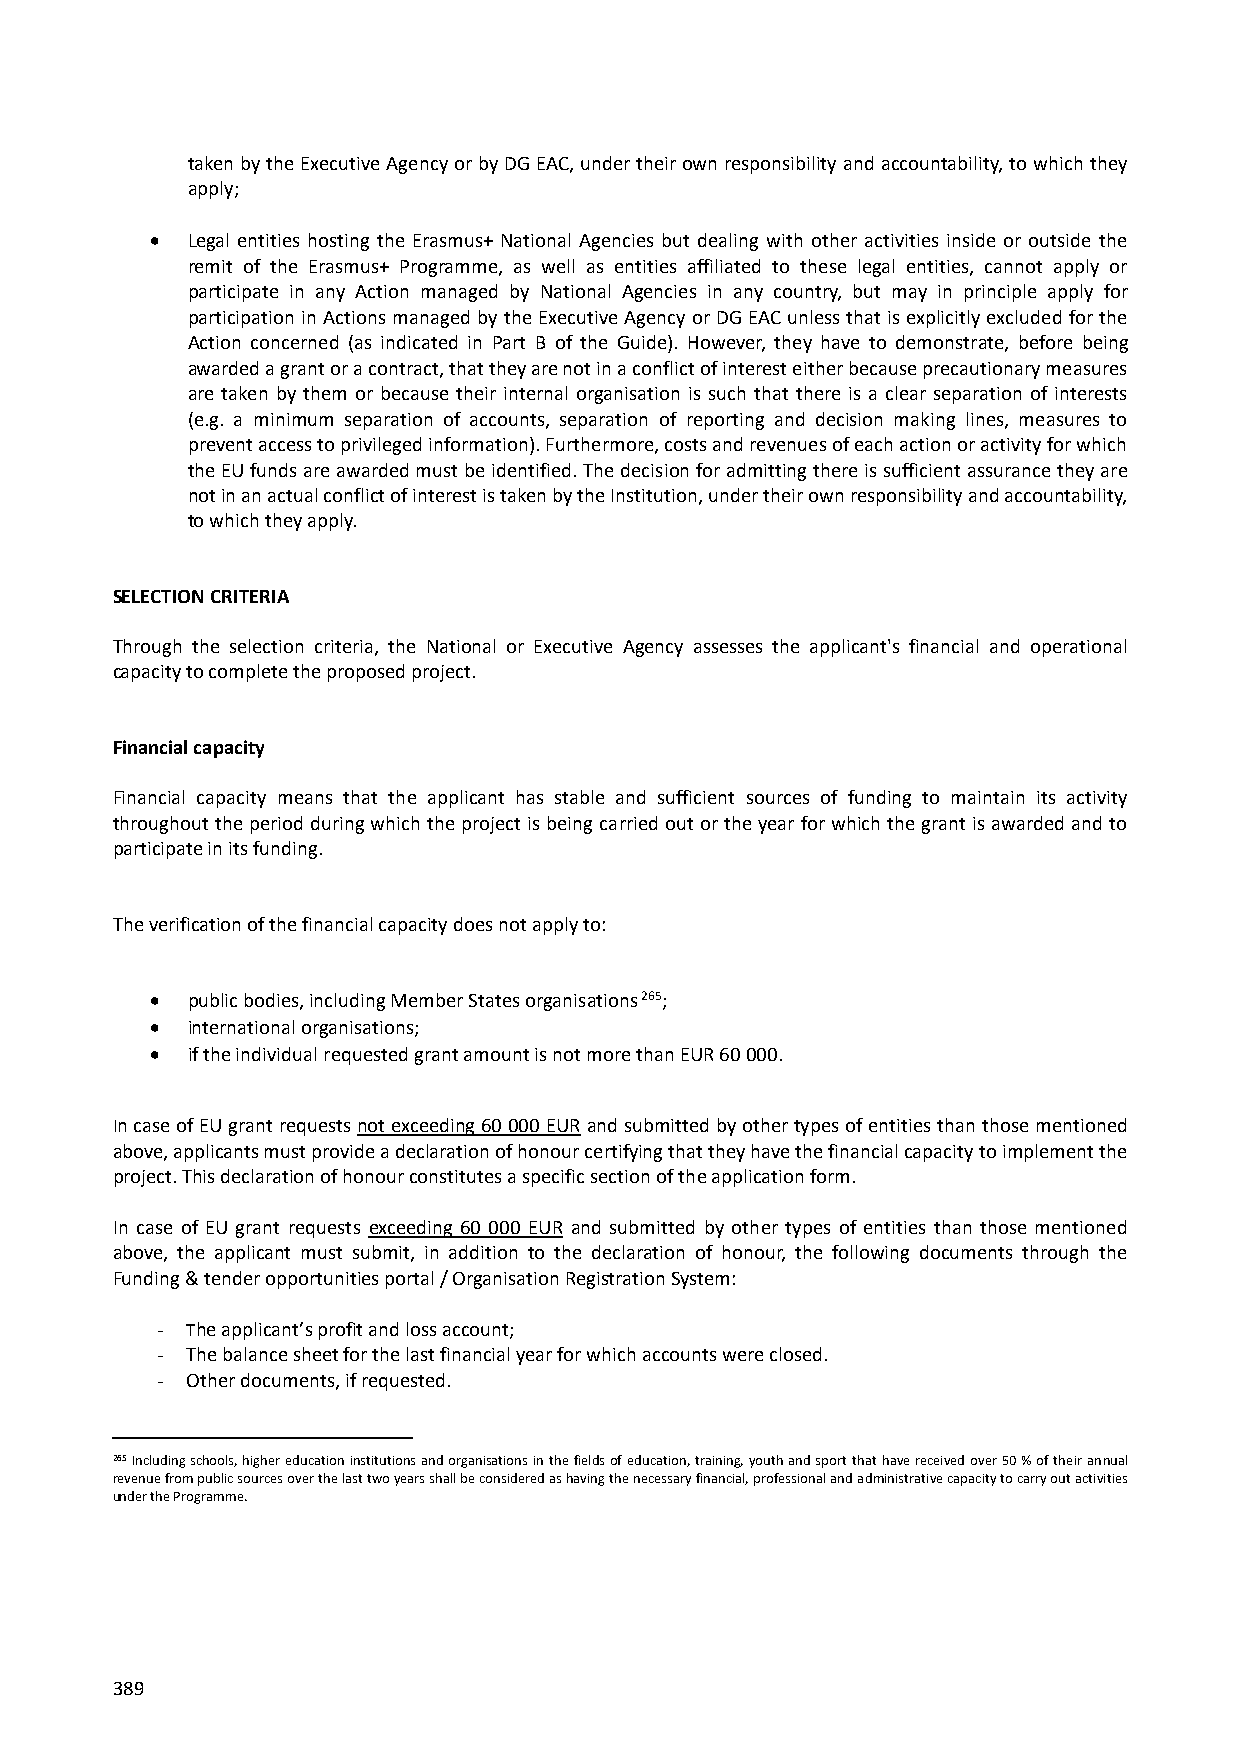
taken by the Executive Agency or by DG EAC, under their own responsibility and accountability, to which they
 apply;
  Legal entities hosting the Erasmus+ National Agencies but dealing with other activities inside or outside the
 remit of the Erasmus+ Programme, as well as entities affiliated to these legal entities, cannot apply or
 participate in any Action managed by National Agencies in any country, but may in principle apply for
 participation in Actions managed by the Executive Agency or DG EAC unless that is explicitly excluded for the
 Action concerned (as indicated in Part B of the Guide). However, they have to demonstrate, before being
 awarded a grant or a contract, that they are not in a conflict of interest either because precautionary measures
 are taken by them or because their internal organisation is such that there is a clear separation of interests
 (e.g. a minimum separation of accounts, separation of reporting and decision making lines, measures to
 prevent access to privileged information). Furthermore, costs and revenues of each action or activity for which
 the EU funds are awarded must be identified. The decision for admitting there is sufficient assurance they are
 not in an actual conflict of interest is taken by the Institution, under their own responsibility and accountability,
 to which they apply.
 SELECTION CRITERIA
 Through the selection criteria, the National or Executive Agency assesses the applicant's financial and operational
 capacity to complete the proposed project.
 Financial capacity
 Financial capacity means that the applicant has stable and sufficient sources of funding to maintain its activity
 throughout the period during which the project is being carried out or the year for which the grant is awarded and to
 participate in its funding.
 The verification of the financial capacity does not apply to:
  public bodies, including Member States organisations 265;
  international organisations;
  if the individual requested grant amount is not more than EUR 60 000.
 In case of EU grant requests not exceeding 60 000 EUR and submitted by other types of entities than those mentioned
 above, applicants must provide a declaration of honour certifying that they have the financial capacity to implement the
 project. This declaration of honour constitutes a specific section of the application form.
 In case of EU grant requests exceeding 60 000 EUR and submitted by other types of entities than those mentioned
 above, the applicant must submit, in addition to the declaration of honour, the following documents through the
 Funding & tender opportunities portal / Organisation Registration System:
 - The applicant’s profit and loss account;
 - The balance sheet for the last financial year for which accounts were closed.
 - Other documents, if requested.
 265 Including schools, higher education institutions and organisations in the fields of education, training, youth and sport that have received over 50 % of their annual
 revenue from public sources over the last two years shall be considered as having the necessary financial, professional and administrative capacity to carry out activities
 under the Programme.
 389